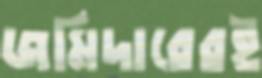
জমিদারেরই